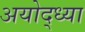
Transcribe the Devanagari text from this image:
अयोद्ध्या